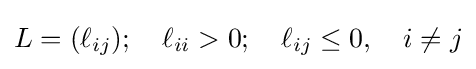
L=(\ell _{ij});\quad \ell _{ii}>0;\quad \ell _{ij}\leq 0,\quad i\neq j